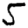
Digit: 5